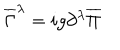
\overline { { { \Gamma } } } ^ { \lambda } = i g \partial ^ { \lambda } \overline { { { \Pi } } }